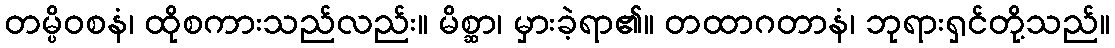
တမ္ပိဝစနံ၊ ထိုစကားသည်လည်း။ မိစ္ဆာ၊ မှားခဲ့ရာ၏။ တထာဂတာနံ၊ ဘုရားရှင်တို့သည်။